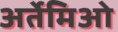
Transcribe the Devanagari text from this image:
अर्तेमिओ